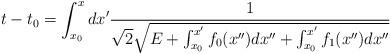
LaTeX: \begin{align*}t-t_0=\int_{x_0}^x dx' \frac{1}{\sqrt{2}\sqrt{E+\int_{x_0}^{x'}f_0(x'')dx'' +\int_{x_0}^{x'}f_1(x'')dx''}}\end{align*}